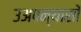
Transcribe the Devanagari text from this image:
उअपन्यासों